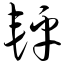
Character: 轷